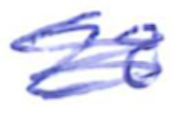
Text: 28
Cross-out: scratch
Writing tool: ballpoint